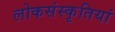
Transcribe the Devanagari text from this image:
लोकसंस्कृतियां